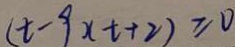
( t - 9 ) ( t + 2 ) \geq 0